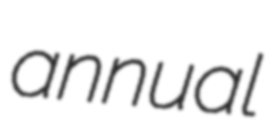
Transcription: annual